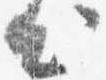
出